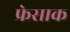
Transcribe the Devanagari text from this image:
फ्रेसाक